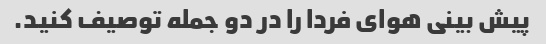
پیش بینی هوای فردا را در دو جمله توصیف کنید.